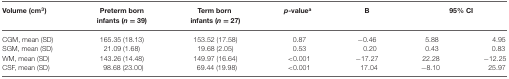
| Volume (cm3) | Preterm born infants (n = 39) | Term born infants (n = 27) | p-valuea | B | <COLSPAN=2> 95% CI |
 | --- | --- | --- | --- | --- | --- | --- |
 | CGM, mean (SD) | 165.35 (18.13) | 153.52 (17.58) | 0.87 | −0.46 | 5.88 | 4.95 |
 | SGM, mean (SD) | 21.09 (1.68) | 19.68 (2.05) | 0.53 | 0.20 | 0.43 | 0.83 |
 | WM, mean (SD) | 143.26 (14.48) | 149.97 (16.64) | <0.001 | −17.27 | 22.28 | −12.25 |
 | CSF, mean (SD) | 98.68 (23.00) | 69.44 (19.98) | <0.001 | 17.04 | −8.10 | 25.97 |